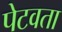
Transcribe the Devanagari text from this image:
पेटवता